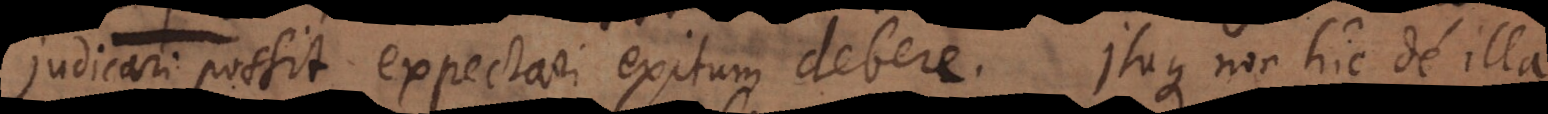
judicari possit expectari exitum debere. Itaque non hic de illa